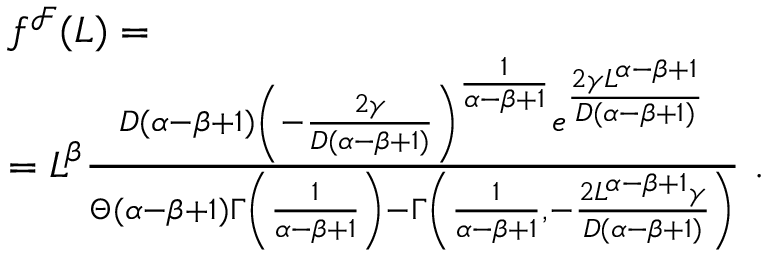
\begin{array} { r l } & { f ^ { \mathcal { F } } ( L ) = } \\ & { = L ^ { \beta } \frac { D ( \alpha - \beta + 1 ) \left( - \frac { 2 \gamma } { D ( \alpha - \beta + 1 ) } \right) ^ { \frac { 1 } { \alpha - \beta + 1 } } e ^ { \frac { 2 \gamma L ^ { \alpha - \beta + 1 } } { D ( \alpha - \beta + 1 ) } } } { \Theta ( \alpha - \beta + 1 ) \Gamma \left( \frac { 1 } { \alpha - \beta + 1 } \right) - \Gamma \left( \frac { 1 } { \alpha - \beta + 1 } , - \frac { 2 L ^ { \alpha - \beta + 1 } \gamma } { D ( \alpha - \beta + 1 ) } \right) } \ . } \end{array}